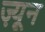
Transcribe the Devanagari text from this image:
ज़्यून